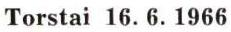
Torstai 16. 6. 1966